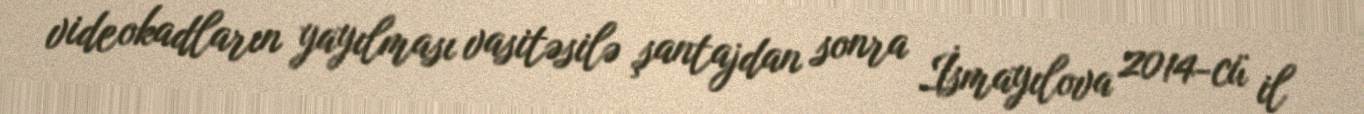
videokadların yayılması vasitəsilə şantajdan sonra İsmayılova 2014-cü il